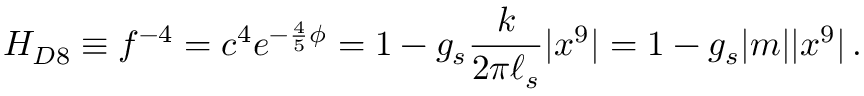
H _ { D 8 } \equiv f ^ { - 4 } = c ^ { 4 } e ^ { - { \frac { 4 } { 5 } } \phi } = 1 - g _ { s } { \frac { k } { 2 \pi \ell _ { s } } } | x ^ { 9 } | = 1 - g _ { s } | m | | x ^ { 9 } | \, .